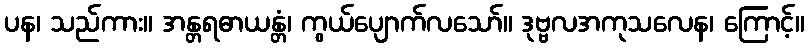
ပန၊ သည်ကား။ အန္တရဓာယန္တံ၊ ကွယ်ပျောက်လသော်။ ဒုဗ္ဗလအကုသလေန၊ ကြောင့်။